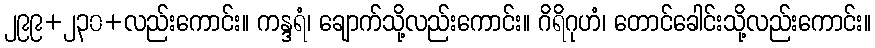
၂၉၉+၂၃၀+လည်းကောင်း။ ကန္ဒရံ၊ ချောက်သို့လည်းကောင်း။ ဂိရိဂုဟံ၊ တောင်ခေါင်းသို့လည်းကောင်း။